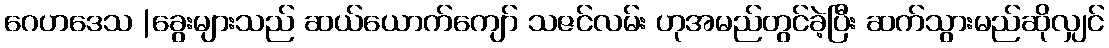
ဂေဟဒေသ |ခွေးများသည် ဆယ်ယောက်ကျော် သဇင်လမ်း ဟုအမည်တွင်ခဲ့ပြီး ဆက်သွားမည်ဆိုလျှင်